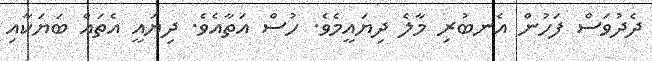
ދެދުވަސް ފަހުން އެނބުރި މާލެ ދިޔައީމެވެ. ހުސް އަތާއެވެ. ދިޔައީ އެތައް ބަޔަކާއި